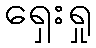
ရှေးရှု